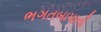
ભગતબાપાની